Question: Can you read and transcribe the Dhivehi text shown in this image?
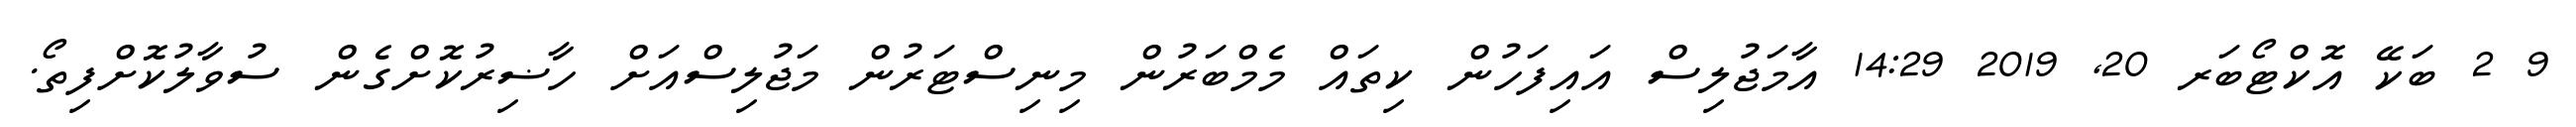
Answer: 9 2 ބަކޭ އޮކްޓޯބަރ 20, 2019 14:29 އާމަޖުލިސް އައިފަހުން ކިތައް މެމްބަރުން މިނިސްޓަރުން މަޖުލިސްއަށް ހާޟިރުކޮށްގެން ސުވާލުކޮށްފިތޯ.